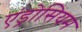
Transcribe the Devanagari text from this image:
एंड्रोसियम